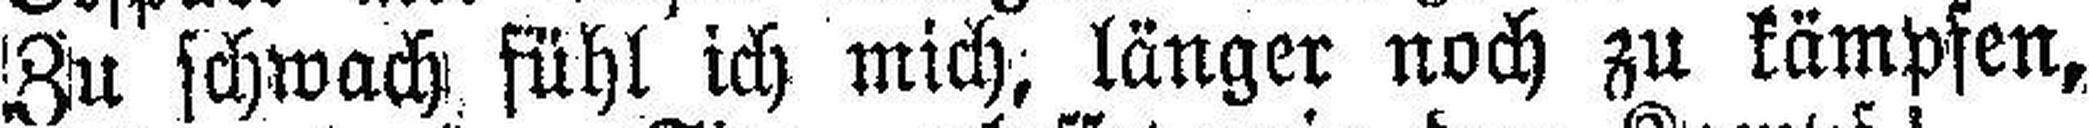
Zu schwach fühl ich mich, länger noch zu kämpfen,